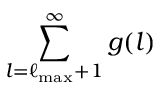
\sum _ { l = \ell _ { \mathrm { m a x } } + 1 } ^ { \infty } g ( l )